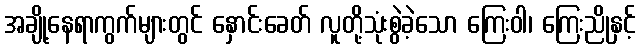
အချို့နေရာကွက်များတွင် နှောင်းခေတ် လူတို့သုံးစွဲခဲ့သော ကြေးဝါ၊ ကြေးညိုနှင့်